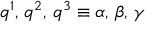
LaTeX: q ^ { 1 } , \, q ^ { 2 } , \, q ^ { 3 } \equiv \alpha , \, \beta , \, \gamma